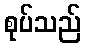
စုပ်သည်